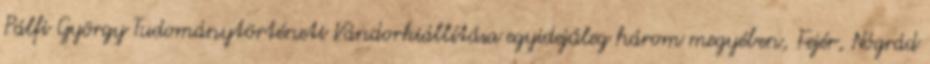
Pálfi György Tudománytörténeti Vándorkiállítása egyidejűleg három megyében, Fejér, Nógrád